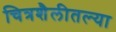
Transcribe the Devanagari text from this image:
चित्रशैलीतल्या